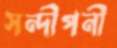
সন্দীপনী